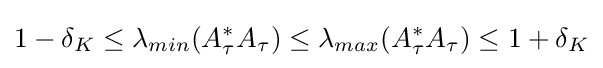
1-\delta _{K}\leq \lambda _{min}(A_{\tau }^{*}A_{\tau })\leq \lambda _{max}(A_{\tau }^{*}A_{\tau })\leq 1+\delta _{K}